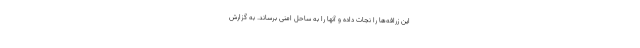
این زرافه‌ها را نجات داده و آنها را به ساحل امنی برساند. به گزارش